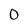
Character: 0